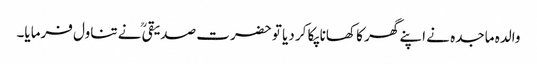
والدہ ماجدہ نے اپنے گھر کا کھانا پکا کر دیا تو حضرت صدیقیؒ نے تناول فرمایا۔